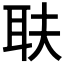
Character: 𦔾